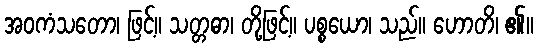
အဝကံသတော၊ ဖြင့်။ သတ္တဓာ၊ တို့ဖြင့်။ ပစ္စယော၊ သည်။ ဟောတိ၊ ၏။